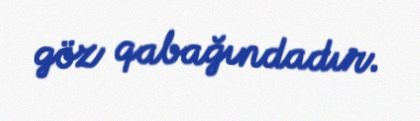
göz qabağındadır.